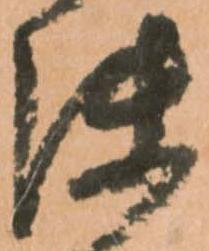
使